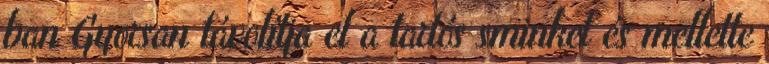
ban Gyorsan távolítja el a tartós sminket és mellette